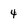
Character: 4